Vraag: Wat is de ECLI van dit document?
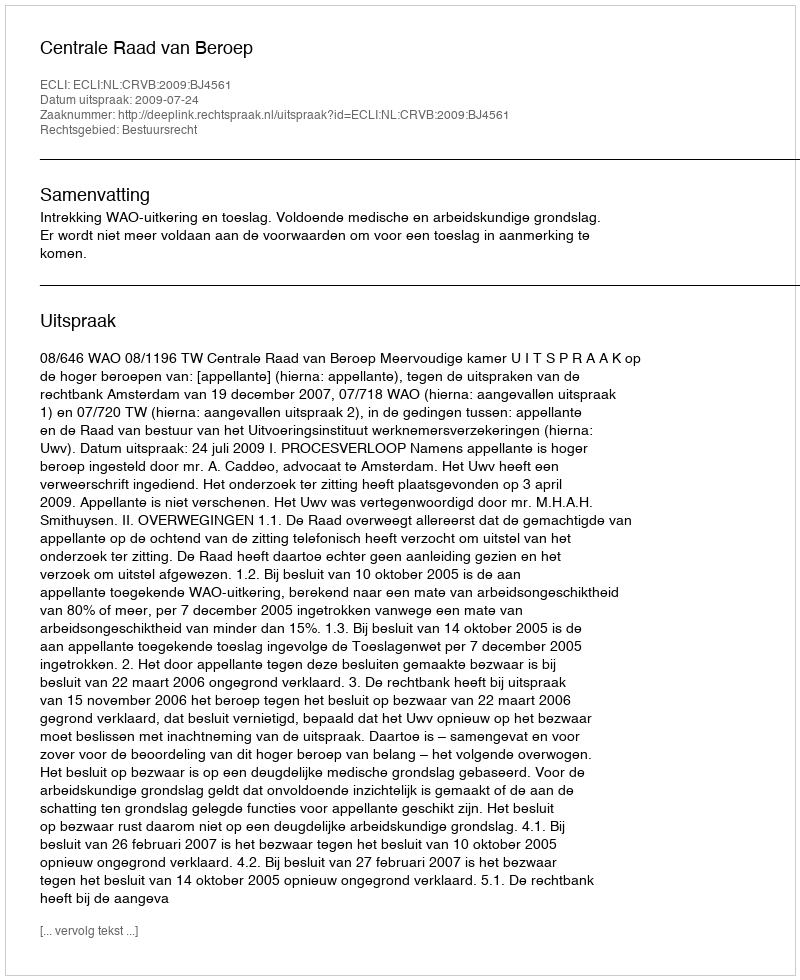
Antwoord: ECLI:NL:CRVB:2009:BJ4561